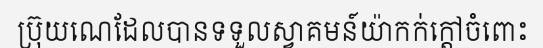
ប្រ៊ុយណេដែលបានទទួលស្វាគមន៍យ៉ាកក់ក្តៅចំពោះ